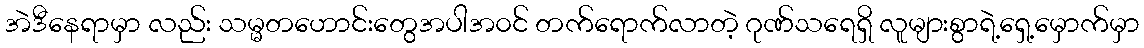
အဲဒီနေရာမှာ လည်း သမ္မတဟောင်းတွေအပါအ၀င် တက်ရောက်လာတဲ့ ဂုဏ်သရေရှိ လူများစွာရဲ့ရှေ့မှောက်မှာ